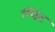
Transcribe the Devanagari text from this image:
म्यिंट